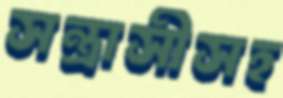
সন্ত্রাসীসহ